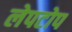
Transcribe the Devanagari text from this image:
लेपटोप